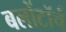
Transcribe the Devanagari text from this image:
बलोंटॉर्च